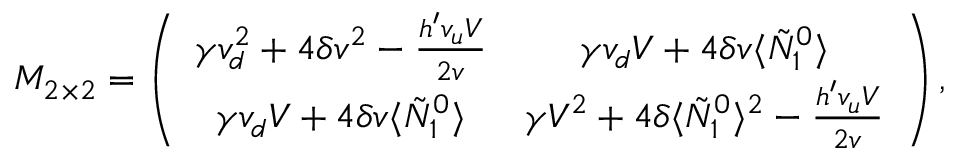
M _ { 2 \times 2 } = \left( \begin{array} { c c } { { \gamma v _ { d } ^ { 2 } + 4 \delta v ^ { 2 } - \frac { h ^ { \prime } v _ { u } V } { 2 v } } } & { { \gamma v _ { d } V + 4 \delta v \langle \tilde { N } _ { 1 } ^ { 0 } \rangle } } \\ { { \gamma v _ { d } V + 4 \delta v \langle \tilde { N } _ { 1 } ^ { 0 } \rangle } } & { { \gamma V ^ { 2 } + 4 \delta \langle \tilde { N } _ { 1 } ^ { 0 } \rangle ^ { 2 } - \frac { h ^ { \prime } v _ { u } V } { 2 v } } } \end{array} \right) ,